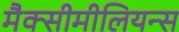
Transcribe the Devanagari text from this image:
मैक्सीमीलियन्स